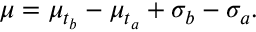
\mu = \mu _ { t _ { b } } - \mu _ { t _ { a } } + \sigma _ { b } - \sigma _ { a } .